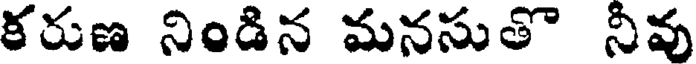
కరుణ నిండిన మనసుతొ నీవు